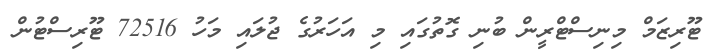
ޓޫރިޒަމް މިނިސްޓްރީން ބުނި ގޮތުގައި މި އަހަރުގެ ޖުލައި މަހު 72516 ޓޫރިސްޓުން